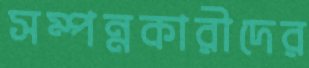
সম্পন্নকারীদের